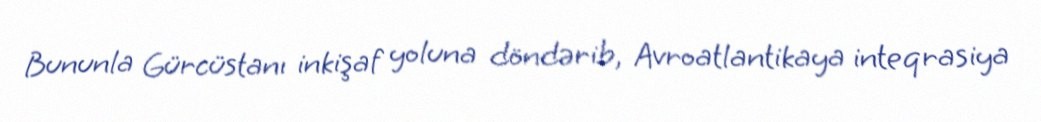
Bununla Gürcüstanı inkişaf yoluna döndərib, Avroatlantikaya inteqrasiya